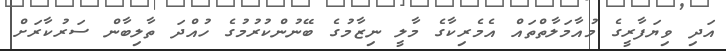
އަދި ވިޔަފާރީގެ މުއާމަލާތްތައް އެމެރިކާގެ މާލީ ނިޒާމުގެ ބޭނުންކުރުމުގެ ހުއްދަ ތާލިބާން ސަރުކާރަށް